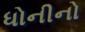
ધોનીનો